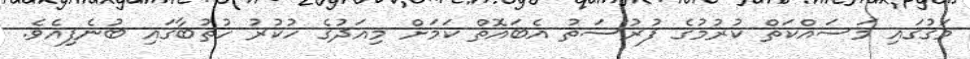
މަގުގައި މަސައްކަތް ކުރުމުގެ ފުރުސަތު އެބައޮތް ކަމަށް މިއަދުގެ ހުކުރު ހުތުބާގައި ބުނެފިއެވެ.